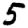
Digit: 5